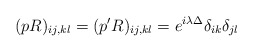
\begin{align*}(pR)_{ij,kl}=(p'R)_{ij,kl}=e^{i\lambda \Delta}\delta_{ik}\delta_{jl}\end{align*}